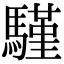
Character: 騹